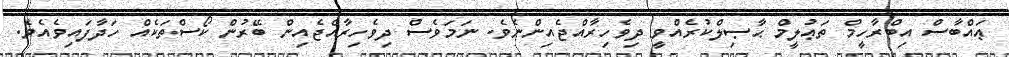
ޢައްބާސް އިބްރާހީމް ތަޢުލީމް ޙާޞިލްކުރެއްވީ ދިވެހިރާއްޖެއިންނެވެ. ނަމަވެސް ދިވެހިރާއްޖެއިން ބޭރުން ކޯސްތަކެއް ހަދާފައިވެއެވެ.